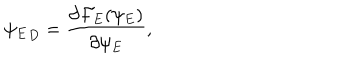
{ \psi _ { E } } _ { D } = { \frac { \partial { \cal F } _ { E } ( \psi _ { E } ) } { \partial \psi _ { E } } } ,